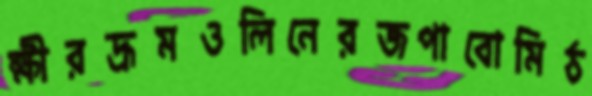
ক্ষীরদ্রূমওলিনেরজপাবোমিঠ